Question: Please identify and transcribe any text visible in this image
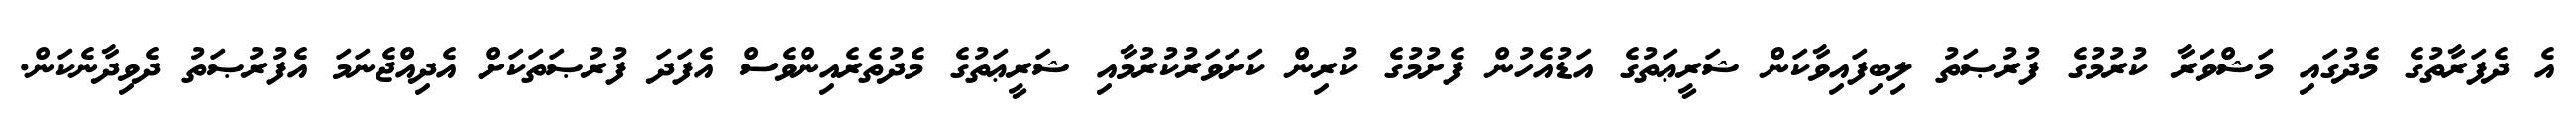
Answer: އެ ދެފަރާތުގެ މެދުގައި މަޝްވަރާ ކުރުމުގެ ފުރުޞަތު ލިބިފައިވާކަން ޝަރީޢަތުގެ އަޑުއެހުން ފެށުމުގެ ކުރިން ކަށަވަރުކުރުމާއި ޝަރީޢަތުގެ މެދުތެރެއިންވެސް އެފަދަ ފުރުޞަތަކަށް އެދިއްޖެނަމަ އެފުރުޞަތު ދެވިދާނެކަން.